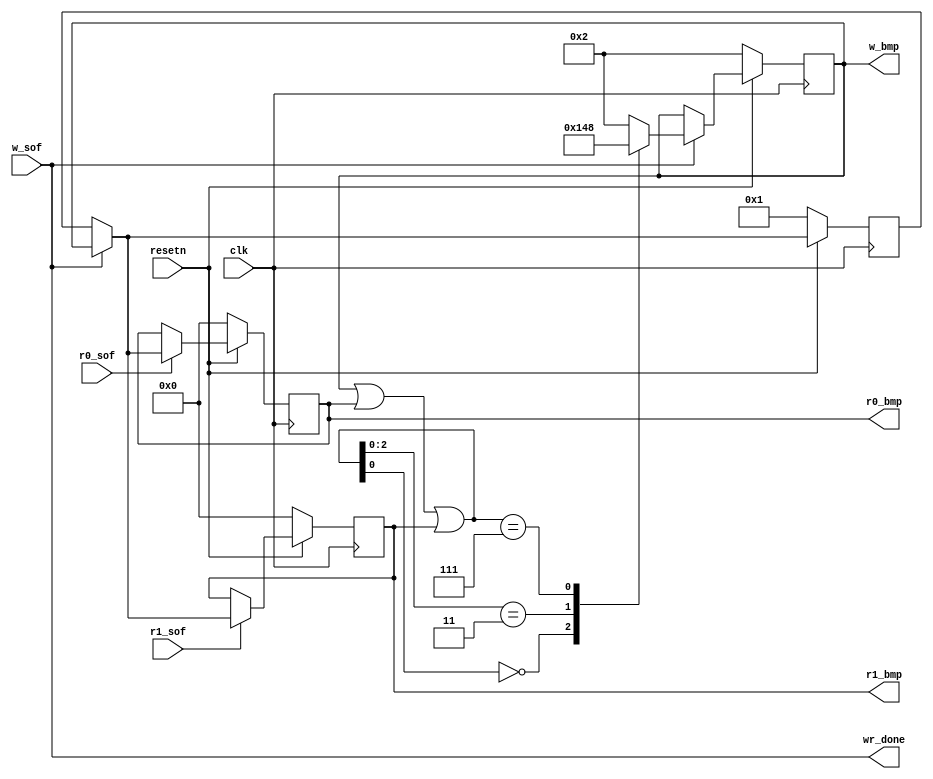
module mutex_buffer #
(
	parameter integer C_BUFF_NUM = 4
) (
	input wire clk,
	input wire resetn,

	output wire wr_done,

	input wire                        w_sof,
	output reg [C_BUFF_NUM-1:0]       w_bmp,

	input wire                        r0_sof,
	output reg [C_BUFF_NUM-1:0]       r0_bmp,

	input wire                        r1_sof,
	output reg [C_BUFF_NUM-1:0]       r1_bmp
);

	assign wr_done = w_sof;

	reg [C_BUFF_NUM-1:0]	last_bmp;

	/// reader 0
	always @(posedge clk) begin
		if (resetn == 0) begin
			r0_bmp  <= 0;
		end
		else if (r0_sof) begin
			if (w_sof) begin
				r0_bmp  <= w_bmp;
			end
			else begin
				r0_bmp  <= last_bmp;
			end
		end
	end

	/// reader 1 (same as reader 0)
	always @(posedge clk) begin
		if (resetn == 0) begin
			r1_bmp  <= 0;
		end
		else if (r1_sof) begin
			if (w_sof) begin
				r1_bmp  <= w_bmp;
			end
			else begin
				r1_bmp  <= last_bmp;
			end
		end
	end

	/// last done (ready for read)
	always @(posedge clk) begin
		if (resetn == 0) begin
			last_bmp  <= 4'b0001;
		end
		else if (w_sof) begin
			last_bmp  <= w_bmp;
		end
	end

	always @(posedge clk) begin
		if (resetn == 0) begin
			w_bmp  <= 4'b0010;
		end
		else if (w_sof) begin
			casez (w_bmp | r0_bmp | r1_bmp)
			4'b???0: begin
				w_bmp	<= 4'b0001;
			end
			4'b??01: begin
				w_bmp	<= 4'b0010;
			end
			4'b?011: begin
				w_bmp	<= 4'b0100;
			end
			4'b0111: begin
				w_bmp	<= 4'b1000;
			end
			default: begin
				w_bmp  <= 4'b0010;
			end
			endcase
		end
	end

endmodule